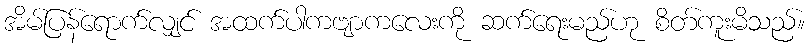
အိမ်ပြန်ရောက်လျှင် အထက်ပါကဗျာကလေးကို ဆက်ရေးမည်ဟု စိတ်ကူးမိသည်။